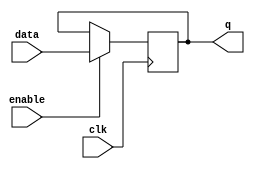
module level_sensitive_latch (
    input data,
    input clk,
    input enable,
    output reg q
);

always @ (posedge clk)
begin
    if (enable)
        q <= data;
end

endmodule